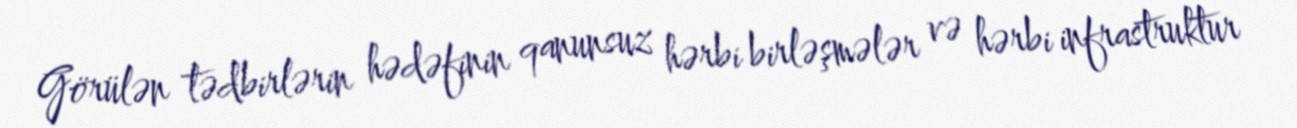
Görülən tədbirlərin hədəfinin qanunsuz hərbi birləşmələr və hərbi infrastruktur